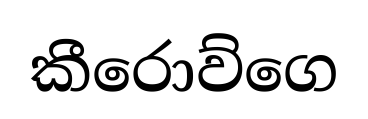
කීරොව්ගෙ